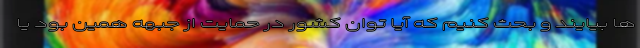
ها بیایند و بحث کنیم که آیا توان کشور در حمایت از جبهه همین بود یا